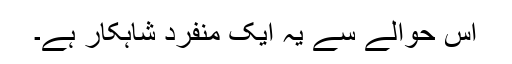
اس حوالے سے یہ ایک منفرد شاہکار ہے۔